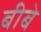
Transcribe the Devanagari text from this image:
बीबे